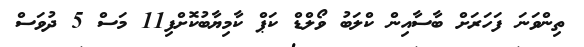
ތިންވަނަ ފަހަރަށް ބާސާއިން ކްލަބު ވޯލްޑް ކަޕް ކާމިޔާބުކޮށްފި11 މަސް 5 ދުވަސް